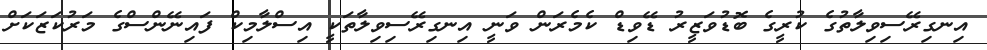
އިނގިރޭސިވިލާތުގެ ކުރީގެ ބޮޑުވަޒީރު ޑޭވިޑް ކެމެރަން ވަނީ އިނގިރޭސިވިލާތަކީ އިސްލާމިކް ފައިނޭންސްގެ މަރުކަޒަކަށް